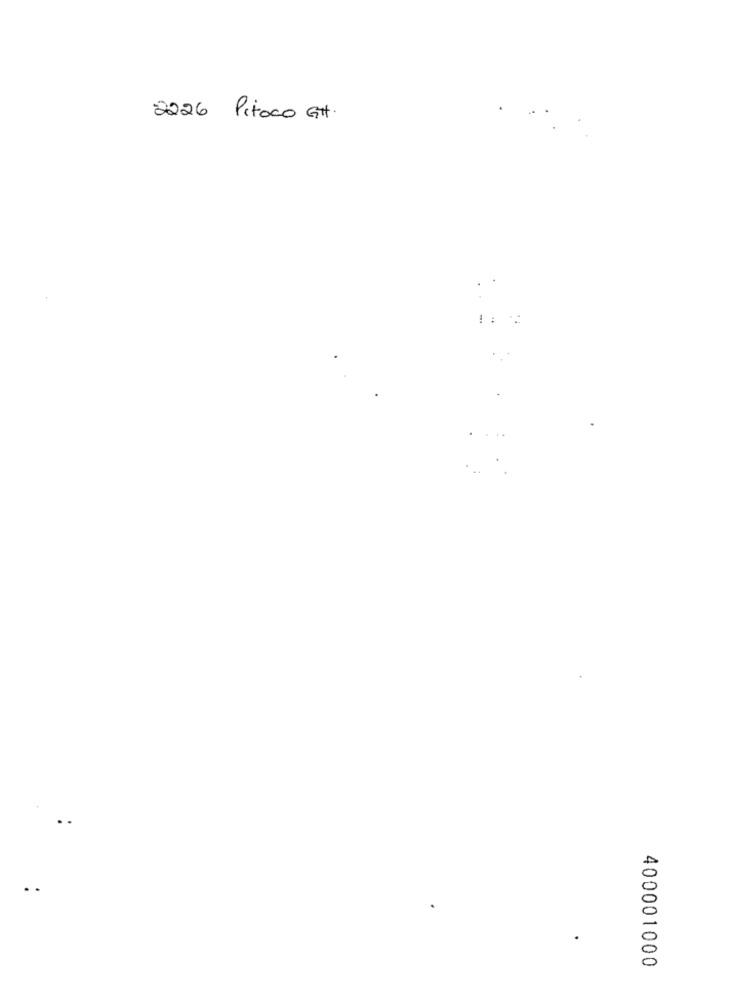
2226 Pitoco GH.
!
..
400001000